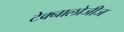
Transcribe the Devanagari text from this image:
टेक्नालोजीज